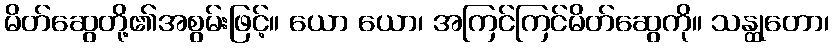
မိတ်ဆွေတို့၏အစွမ်းဖြင့်။ ယော ယော၊ အကြင်ကြင်မိတ်ဆွေကို။ သန္ထုတော၊